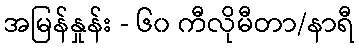
အမြန်နှုန်း - ၆၀ ကီလိုမီတာ/နာရီ